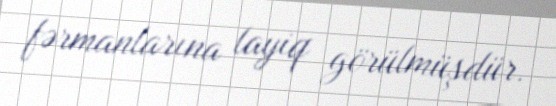
fərmanlarına layiq görülmüşdür.